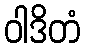
ဝါဒိတံ